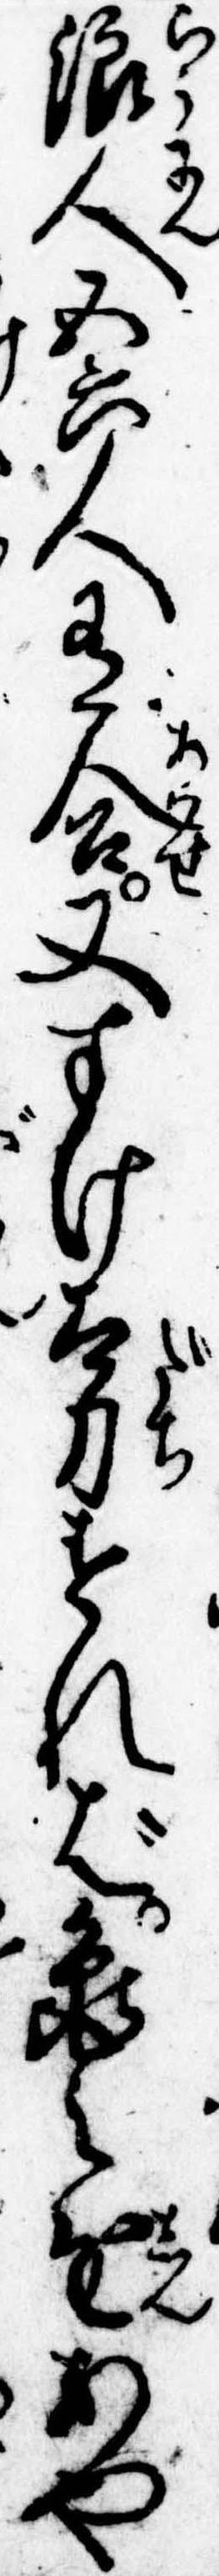
浪人五六人有合又すけ太刀すれば亀之進あや